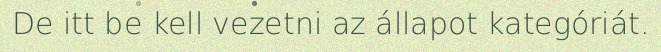
De itt be kell vezetni az állapot kategóriát.